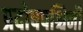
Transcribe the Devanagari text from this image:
प्रदोषपश्चिमौ